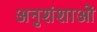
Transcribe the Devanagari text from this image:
अनुशंशाओं